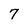
Character: 7